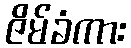
ဇိမ်ခံကား